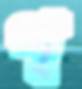
প্